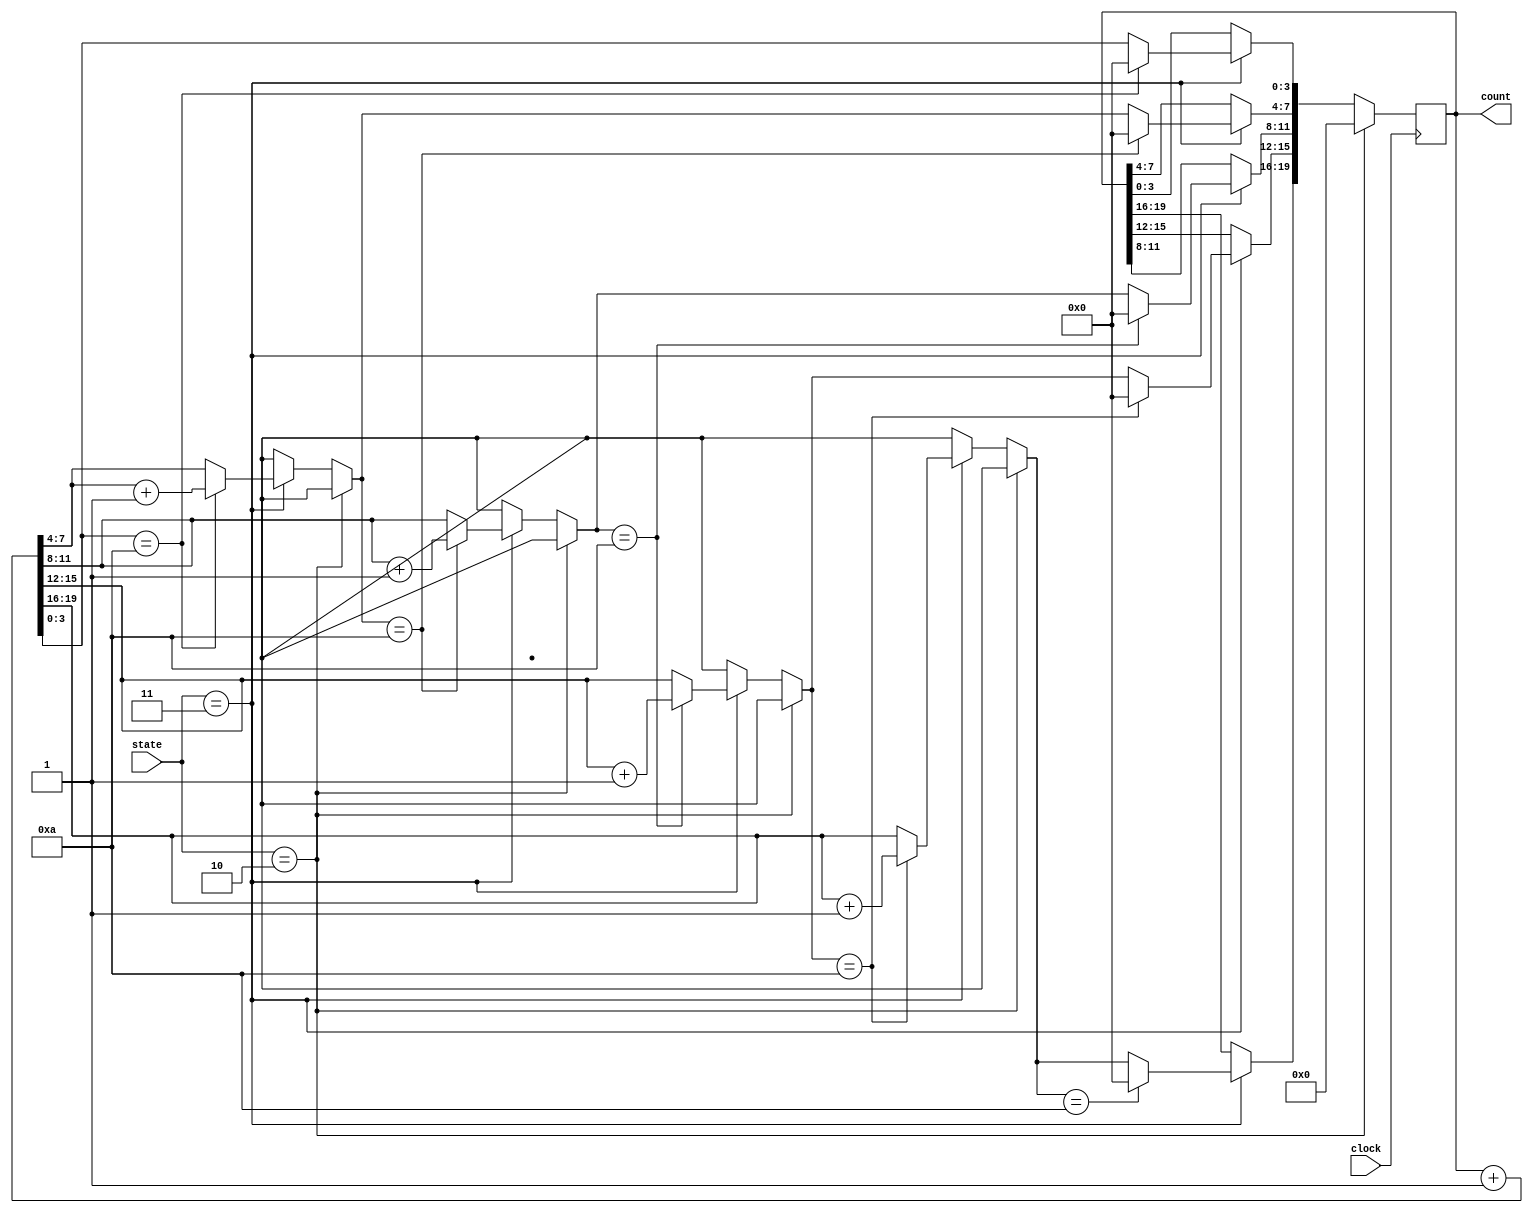
module Count_up(clock, state, count);
	input             clock;
	input 	  [ 1:0] state;
	output reg [19:0] count;

	
	always @ (posedge clock)
	begin
		if(state == 2)
		begin
			count = 0;
		end
		
		else if (state == 3)
		begin
			count = count + 1;
			
			if(count[3:0] == 10)
			begin
				count[3:0] = 0;
				count[7:4] = count[7:4] + 1;
			end
			
			if(count[7:4] == 10)
			begin
				count[7:4] = 0;
				count[11:8] = count[11:8] + 1;
			end
			
			if(count[11:8] == 10)
			begin
				count[11: 8] = 0;
				count[15:12] = count[15:12] + 1;
			end
			
			if(count[15:12] == 10)
			begin
				count[15:12] = 0;
				count[19:16] = count[19:16] + 1;
			end
			
			
			if(count[19:16] == 10)
			begin
				count[19:16] = 0;
			end
			
		end
		
	end
	
endmodule